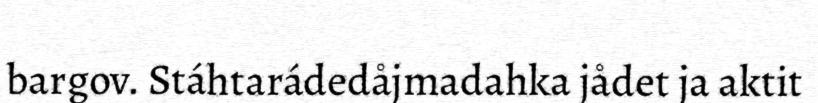
bargov. Stáhtarádedåjmadahka jådet ja aktit